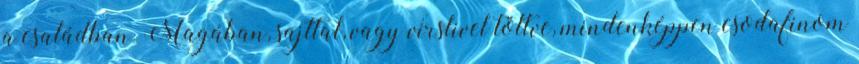
a családban. Magában, sajttal, vagy virslivel töltve, mindenképpen csodafinom